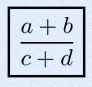
\frac{a+b}{c+d}